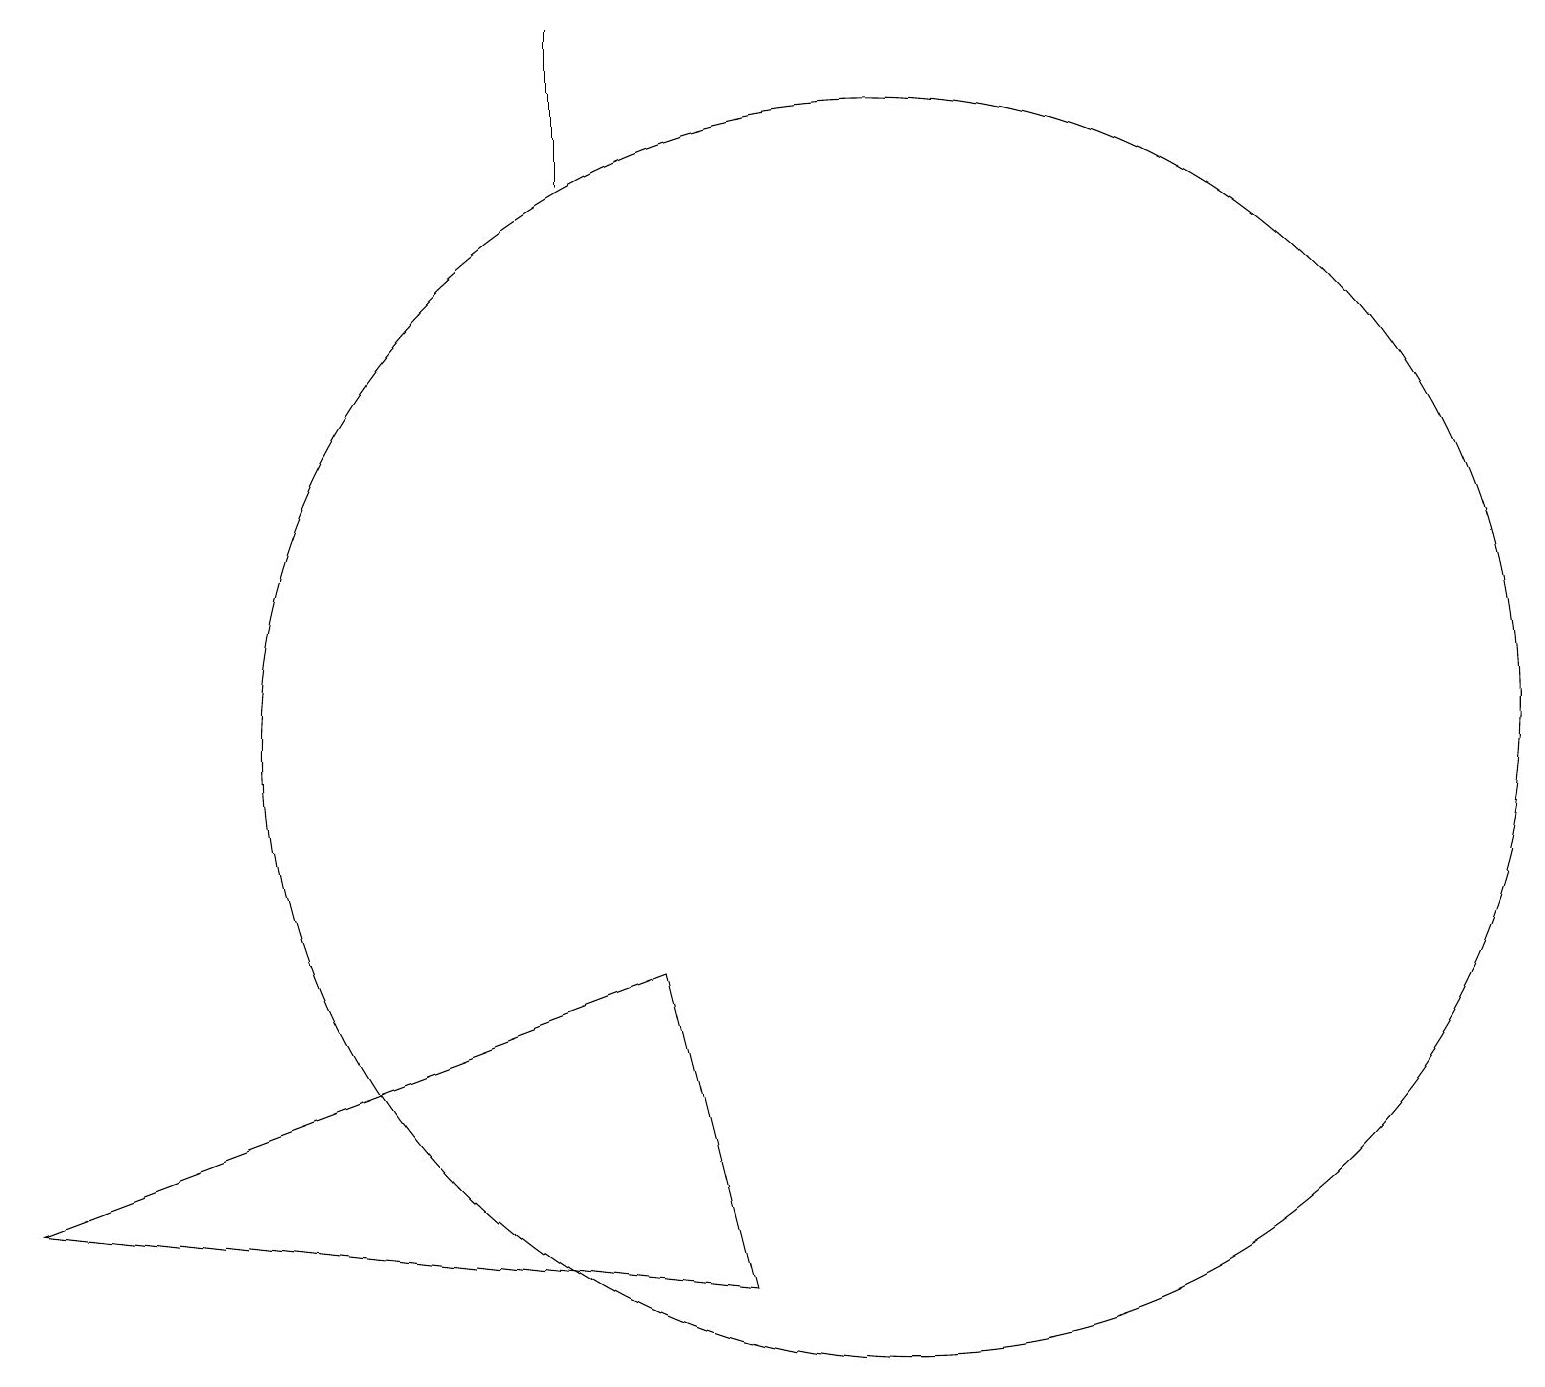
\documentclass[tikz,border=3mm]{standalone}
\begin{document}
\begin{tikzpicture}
\draw (8,7) -- (0,4) -- (9,3) -- cycle;
\draw (11,10) circle (8);
\draw (7,19) rectangle (7,17);
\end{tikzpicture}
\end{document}